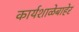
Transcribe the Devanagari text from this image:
कार्यशाळेबाहेर